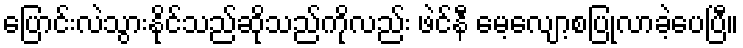
ပြောင်းလဲသွားနိုင်သည်ဆိုသည်ကိုလည်း ဖဲင်နီ မေ့လျော့စပြုလာခဲ့ပေပြီ။